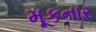
મૂકનાર